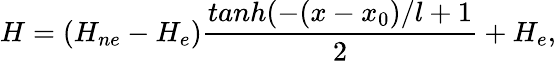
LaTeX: H=\left(H_{ne}-H_{e}\right)\frac{tanh(-(x-x_{0})/l+1}{2}+H_{e},